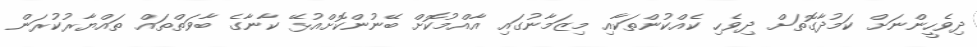
ދިވެހީންނަށް ކަމުދާގޮތަށް ދިވެހި ކެއްކުންތަކާއި މިޒަމާނުގައި އާއްމުކޮށް ބޭނުންކޮށްއުޅޭ ކާނާގެ ބާވަތްތައް ތައްޔާރުކުރަން